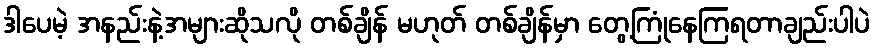
ဒါပေမဲ့ အနည်းနဲ့အများဆိုသလို တစ်ချိန် မဟုတ် တစ်ချိန်မှာ တွေ့ကြုံနေကြရတာချည်းပါပဲ